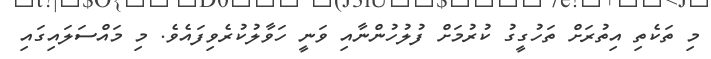
މި ތަކެތި އިތުރަށް ތަހުގީގު ކުރުމަށް ފުލުހުންނާއި ވަނީ ހަވާލުކުރެވިފައެވެ. މި މައްސަލައިގައި